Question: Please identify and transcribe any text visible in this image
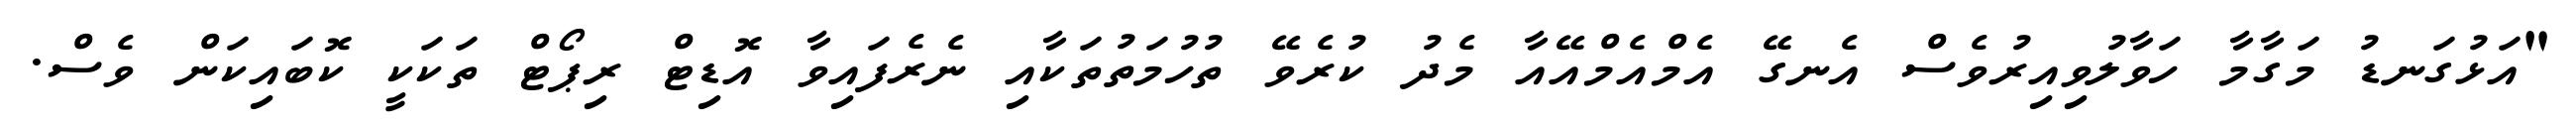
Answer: "އަޅުގަނޑު މަގާމާ ހަވާލުވިއިރުވެސް އެނގޭ އެމްއެމްއޭއާ މެދު ކުރެވޭ ތުހުމަތުތަކާއި ނެރެފައިވާ އޮޑިޓް ރިޕޯޓް ތަކަކީ ކޮބައިކަން ވެސް.